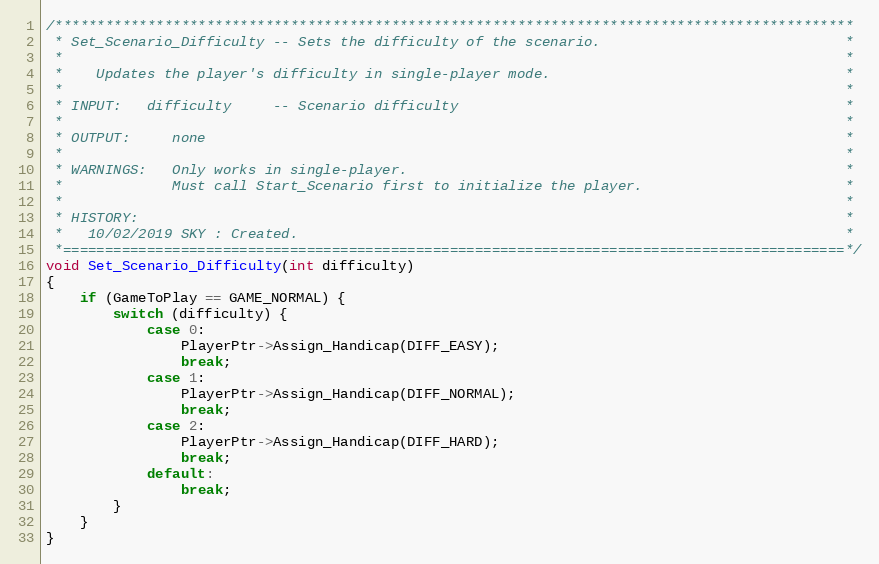
Language: C++
/***********************************************************************************************
 * Set_Scenario_Difficulty -- Sets the difficulty of the scenario.                             *
 *                                                                                             *
 *    Updates the player's difficulty in single-player mode.                                   *
 *                                                                                             *
 * INPUT:   difficulty     -- Scenario difficulty                                              *
 *                                                                                             *
 * OUTPUT:     none                                                                            *
 *                                                                                             *
 * WARNINGS:   Only works in single-player.                                                    *
 *             Must call Start_Scenario first to initialize the player.                        *
 *                                                                                             *
 * HISTORY:                                                                                    *
 *   10/02/2019 SKY : Created.                                                                 *
 *=============================================================================================*/
void Set_Scenario_Difficulty(int difficulty)
{
	if (GameToPlay == GAME_NORMAL) {
		switch (difficulty) {
			case 0:
				PlayerPtr->Assign_Handicap(DIFF_EASY);
				break;
			case 1:
				PlayerPtr->Assign_Handicap(DIFF_NORMAL);
				break;
			case 2:
				PlayerPtr->Assign_Handicap(DIFF_HARD);
				break;
			default:
				break;
		}
	}
}